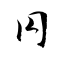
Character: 円